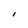
Character: I